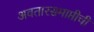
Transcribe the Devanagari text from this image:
अवतारसमाप्तीची